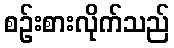
စဉ်းစားလိုက်သည်